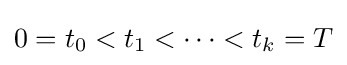
0=t_{0}<t_{1}<\cdots <t_{k}=T